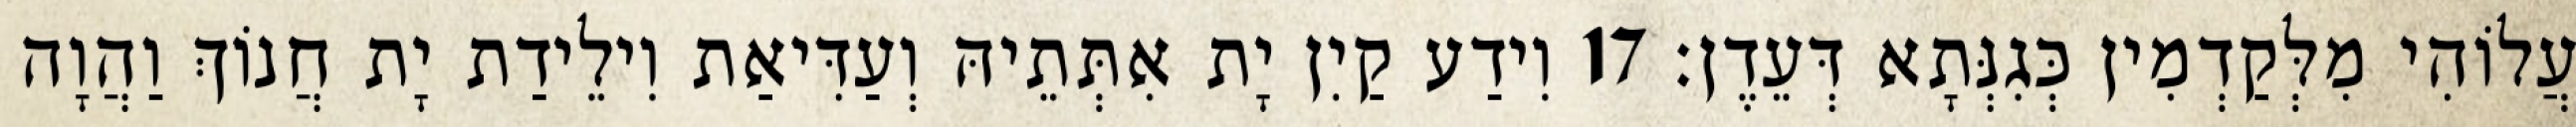
עֲלוֹהִי מִלְּקַדְמִין כְּגִנְּתָא דְּעֵדֶן׃ 17 וִידַע קַיִן יָת אִתְּתֵיהּ וְעַדִּיאַת וִילֵידַת יָת חֲנוֹךְ וַהֲוָה